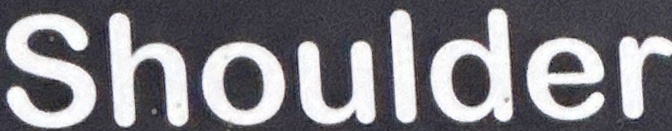
Shoulder